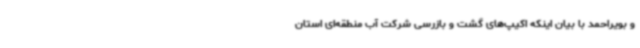
و بویراحمد با بیان اینکه اکیپ‌های گشت و بازرسی شرکت آب منطقه‌ای استان